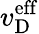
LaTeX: v_{\mathrm{D}}^{\mathrm{eff}}